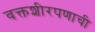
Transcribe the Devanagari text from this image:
वक्तशीरपणाची